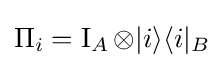
\Pi _{i}=\operatorname {I} _{A}\otimes |i\rangle \langle i|_{B}